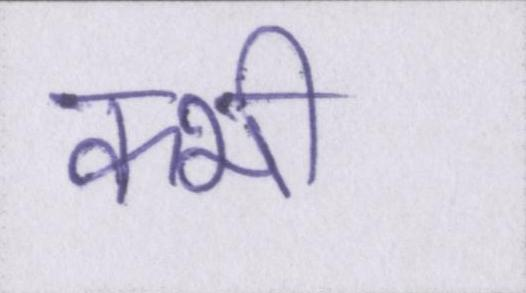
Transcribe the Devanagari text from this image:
क्भी